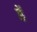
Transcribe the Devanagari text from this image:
छेँ